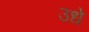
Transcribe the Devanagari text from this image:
उधे